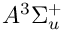
A ^ { 3 } \Sigma _ { u } ^ { + }